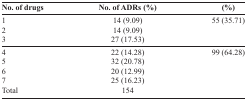
<table><thead><tr><td><b>No. of drugs</b></td><td><b>No. of ADRs (%)</b></td><td><b>(%)</b></td></tr></thead><tbody><tr><td>1</td><td>14 (9.09)</td><td>55 (35.71)</td></tr><tr><td>2</td><td>14 (9.09)</td><td></td></tr><tr><td>3</td><td>27 (17.53)</td><td></td></tr><tr><td>4</td><td>22 (14.28)</td><td>99 (64.28)</td></tr><tr><td>5</td><td>32 (20.78)</td><td></td></tr><tr><td>6</td><td>20 (12.99)</td><td></td></tr><tr><td>7</td><td>25 (16.23)</td><td></td></tr><tr><td>Total</td><td>154</td><td></td></tr></tbody></table>